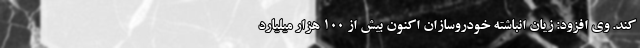
کند. وی افزود: زیان انباشته خودروسازان اکنون بیش از 100 هزار میلیارد